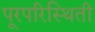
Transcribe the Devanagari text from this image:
पूरपरिस्थिती